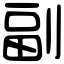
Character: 副